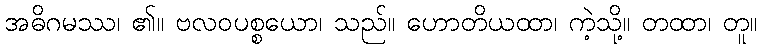
အဓိဂမဿ၊ ၏။ ဗလဝပစ္စယော၊ သည်။ ဟောတိယထာ၊ ကဲ့သို့။ တထာ၊ တူ။